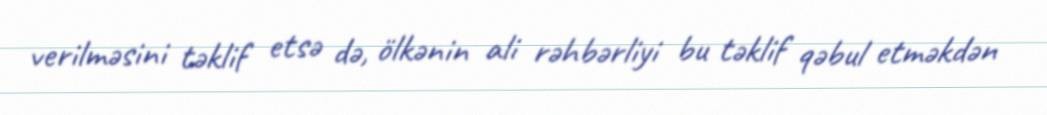
verilməsini təklif etsə də, ölkənin ali rəhbərliyi bu təklif qəbul etməkdən